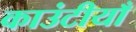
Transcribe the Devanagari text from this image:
काउंटीयाँ